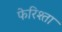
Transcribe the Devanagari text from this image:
फेरिश्ता